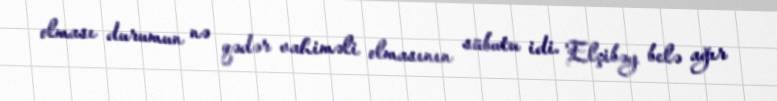
olması durumun nə qədər vahiməli olmasının sübutu idi. Elçibəy belə ağır